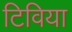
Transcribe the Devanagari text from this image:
टिविया